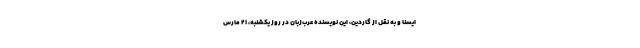
ایسنا و به نقل از گاردین، این نویسنده عرب‌زبان در روز یکشنبه، ۲۱ مارس